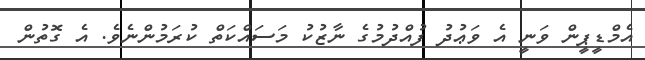
އެމްޑީޕީން ވަނީ އެ ވަޢުދު ފުއްދުމުގެ ނާޒުކު މަސައްކަތް ކުރަމުންނެވެ. އެ ގޮތުން